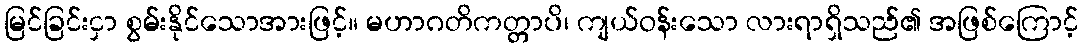
မြင်ခြင်းငှာ စွမ်းနိုင်သောအားဖြင့်။ မဟာဂတိကတ္တာပိ၊ ကျယ်ဝန်းသော လားရာရှိသည်၏ အဖြစ်ကြောင့်